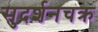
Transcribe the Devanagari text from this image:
सुदर्शनचक्र